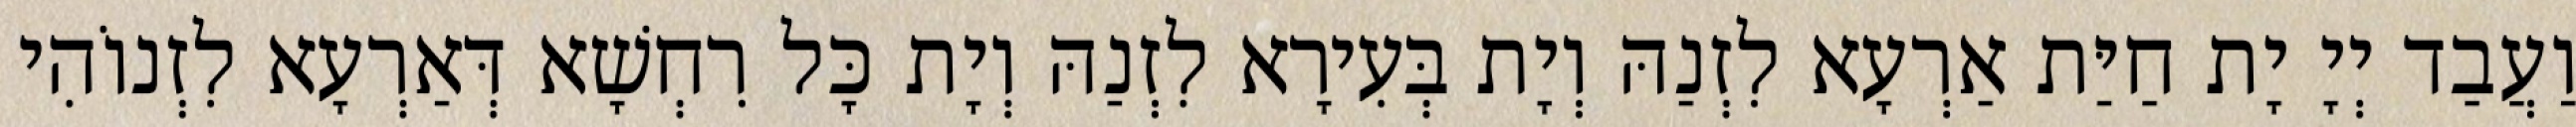
וַעֲבַד יְיָ יָת חַיַּת אַרְעָא לִזְנַהּ וְיָת בְּעִירָא לִזְנַהּ וְיָת כָּל רִחְשָׁא דְּאַרְעָא לִזְנוֹהִי